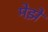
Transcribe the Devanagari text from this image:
मेझे